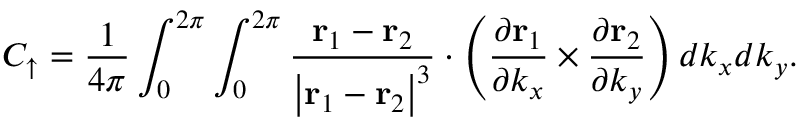
C _ { \uparrow } = \frac { 1 } { 4 \pi } \int _ { 0 } ^ { 2 \pi } \int _ { 0 } ^ { 2 \pi } \frac { \mathbf { r } _ { 1 } - \mathbf { r } _ { 2 } } { \left\vert \mathbf { r } _ { 1 } - \mathbf { r } _ { 2 } \right\vert ^ { 3 } } \cdot \left( \frac { \partial \mathbf { r } _ { 1 } } { \partial k _ { x } } \times \frac { \partial \mathbf { r } _ { 2 } } { \partial k _ { y } } \right) d k _ { x } d k _ { y } .